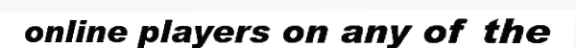
online players on any of the